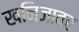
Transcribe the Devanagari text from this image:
खनिजावर